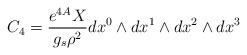
LaTeX: \begin{align*}C_4 = \frac{e^{4A}X}{g_s \rho^2} dx^0 \wedge dx^1 \wedge dx^2 \wedge dx^3\end{align*}